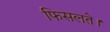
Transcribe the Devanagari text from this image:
फिसलते।